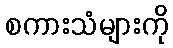
စကားသံများကို